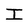
Character: I